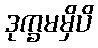
ဒုက္ခမမှိပိ